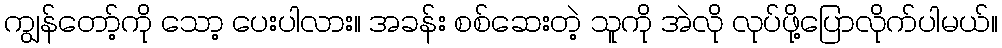
ကျွန်တော့်ကို သော့ ပေးပါလား။ အခန်း စစ်ဆေးတဲ့ သူကို အဲလို လုပ်ဖို့ပြောလိုက်ပါမယ်။